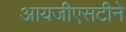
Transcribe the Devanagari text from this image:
आयजीएसटीने